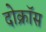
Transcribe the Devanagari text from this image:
दोक्रॉस